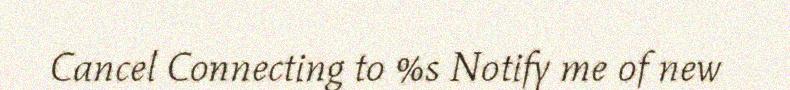
Cancel Connecting to %s Notify me of new